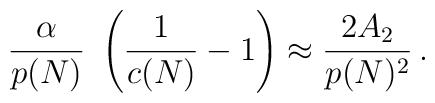
{\alpha  \over p(N)} \ \left({1 \over c(N)}- 1\right) \approx {2A_2 \over p(N)^2} \, .